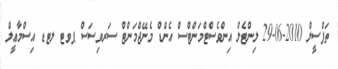
ތަފްސީލް 2010-06-29 ލިންޓެލް އިންވެސްޓްމަންޓްސް އެންޑް މެނޭޖްމަންޓް ސަރވިސަސް ޕވޓ ލޓޑ އިސްމާޢީލް